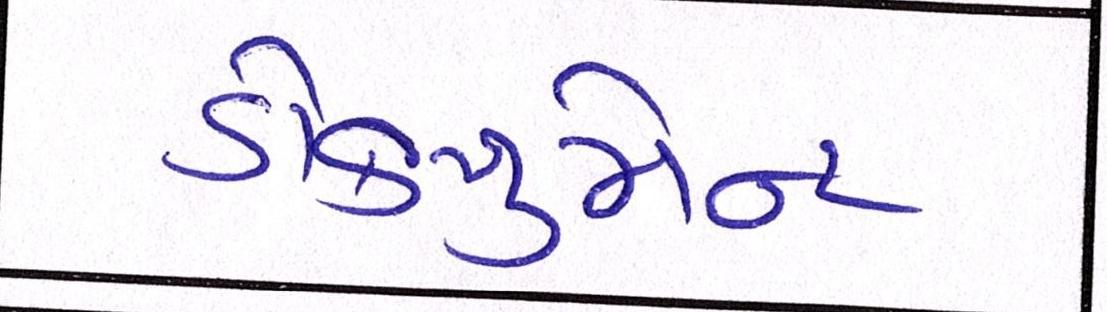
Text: ડોક્યુમેન્ટ